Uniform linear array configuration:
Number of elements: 16
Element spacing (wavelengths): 0.5
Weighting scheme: cosine
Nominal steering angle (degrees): -45
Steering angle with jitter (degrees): -44.123
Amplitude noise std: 0.05
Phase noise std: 0.05

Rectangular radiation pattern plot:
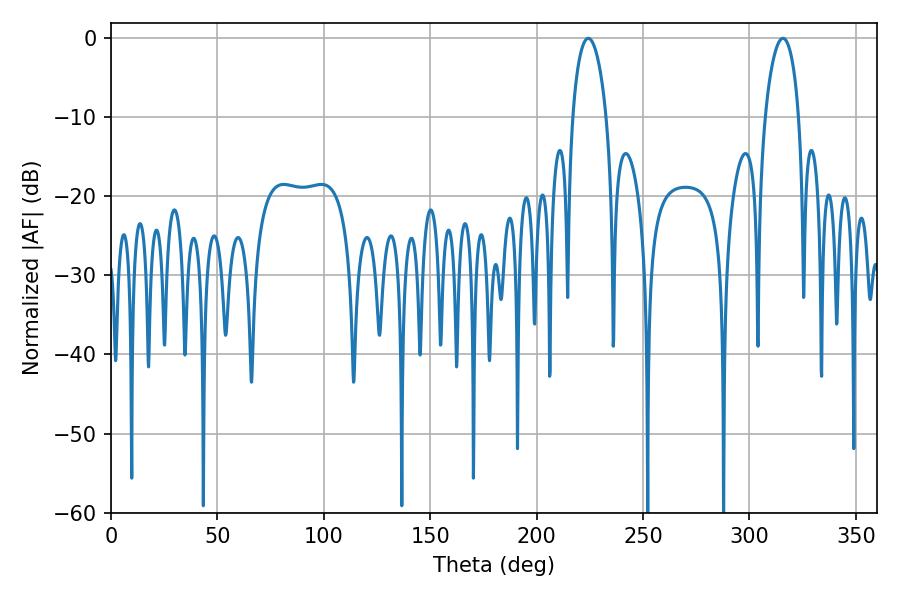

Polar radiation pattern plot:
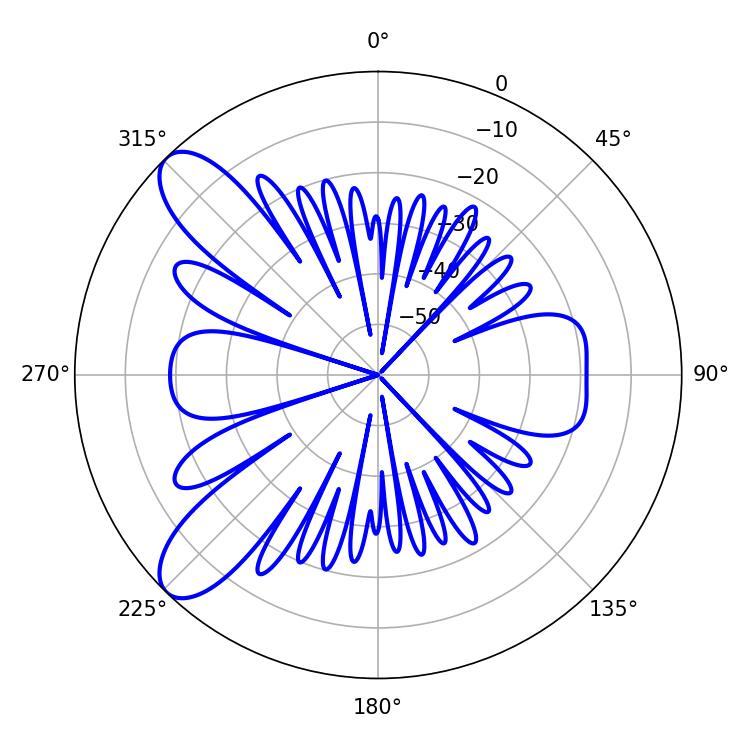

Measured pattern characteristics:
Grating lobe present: FALSE
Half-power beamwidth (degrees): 9
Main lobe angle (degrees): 315.72